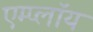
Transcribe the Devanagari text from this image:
एम्प्लॉय